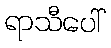
ရာသီပေါ်